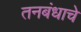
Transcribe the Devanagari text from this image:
तनबंधाचे